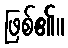
ဖြစ်၏။